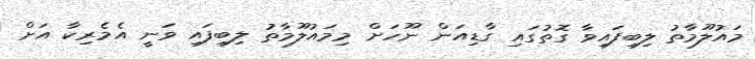
މައުލޫމާތު ލިބިފައިވާ ގޮތުގައި ގާޑިއަން ނޫހަށް މިމައުލޫމާތު ލިބިފައި ވަނީ އެމެރިކާ އަށް